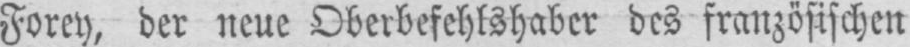
Forey, der neue Oberbefehlshaber des französischen